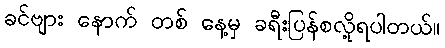
ခင်ဗျား နောက် တစ် နေ့မှ ခရီးပြန်စလို့ရပါတယ်။